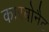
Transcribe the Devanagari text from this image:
कारबोनैट